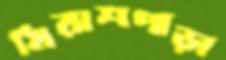
মিরাশপাড়া